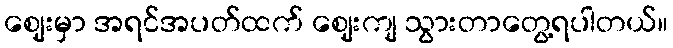
ဈေးမှာ အရင်အပတ်ထက် ဈေးကျ သွားတာတွေ့ရပါတယ်။